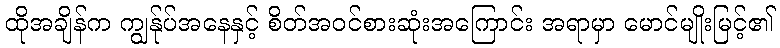
ထိုအချိန်က ကျွန်ုပ်အနေနှင့် စိတ်အဝင်စားဆုံးအကြောင်း အရာမှာ မောင်မျိုးမြင့်၏